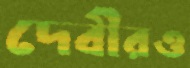
দেবীরও